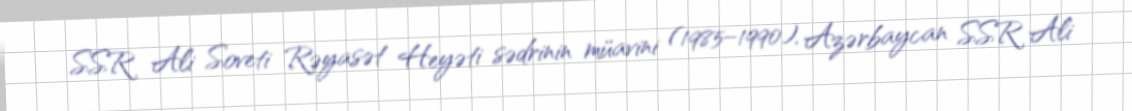
SSR Ali Soveti Rəyasət Heyəti sədrinin müavini (1985–1990), Azərbaycan SSR Ali